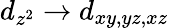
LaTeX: d_{z^{2}}\rightarrow d_{xy,yz,xz}